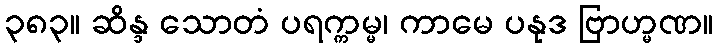
၃၈၃။ ဆိန္ဒ သောတံ ပရက္ကမ္မ၊ ကာမေ ပနုဒ ဗြာဟ္မဏ။